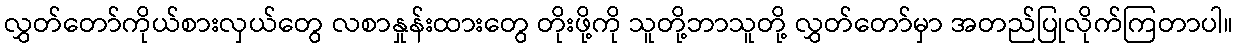
လွှတ်တော်ကိုယ်စားလှယ်တွေ လစာနှုန်းထားတွေ တိုးဖို့ကို သူတို့ဘာသူတို့ လွှတ်တော်မှာ အတည်ပြုလိုက်ကြတာပါ။